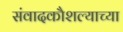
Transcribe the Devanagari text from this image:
संवादकौशल्याच्या